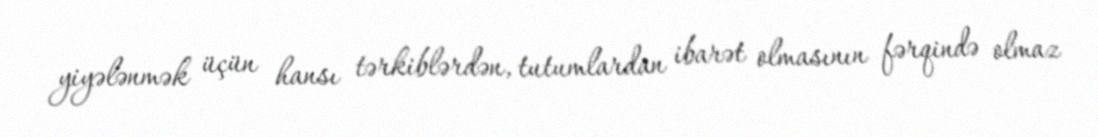
yiyələnmək üçün hansı tərkiblərdən, tutumlardan ibarət olmasının fərqində olmaz